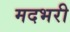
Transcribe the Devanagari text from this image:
मदभरी